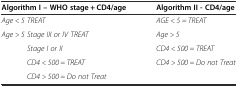
<table><thead><tr><td><b>Algorithm I – WHO stage + CD4/age</b></td><td><b>Algorithm II - CD4/age</b></td></tr></thead><tbody><tr><td><i>Age &lt; 5 TREAT</i></td><td><i>AGE &lt; 5 = TREAT</i></td></tr><tr><td><i>Age &gt; 5 Stage III or IV TREAT</i></td><td><i>Age &gt; 5</i></td></tr><tr><td><i>Stage I or II</i></td><td><i>CD4 &lt; 500 = TREAT</i></td></tr><tr><td><i>CD4 &lt; 500 = TREAT</i></td><td><i>CD4 &gt; 500 = Do not Treat</i></td></tr><tr><td><i>CD4 &gt; 500 = Do not Treat</i></td><td></td></tr></tbody></table>